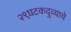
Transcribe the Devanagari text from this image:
२९घटकदुव्याचे